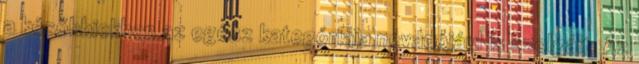
a későbbiekben az egész kategóriája névadójául is szolgált. Az